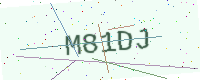
Text: M81DJ